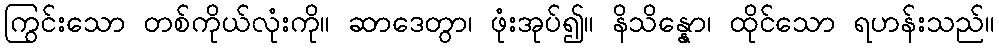
ကြွင်းသော တစ်ကိုယ်လုံးကို။ ဆာဒေတွာ၊ ဖုံးအုပ်၍။ နိသိန္နော၊ ထိုင်သော ရဟန်းသည်။